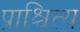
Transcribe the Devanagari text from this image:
प्राश्चित्य